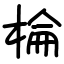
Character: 棆